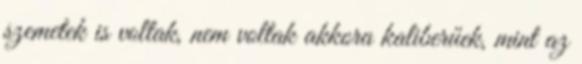
szemetek is voltak, nem voltak akkora kaliberűek, mint az